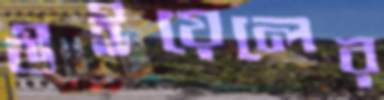
উইয়েলের